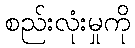
စည်းလုံးမှုကို